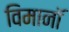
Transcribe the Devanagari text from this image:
विमानॉ